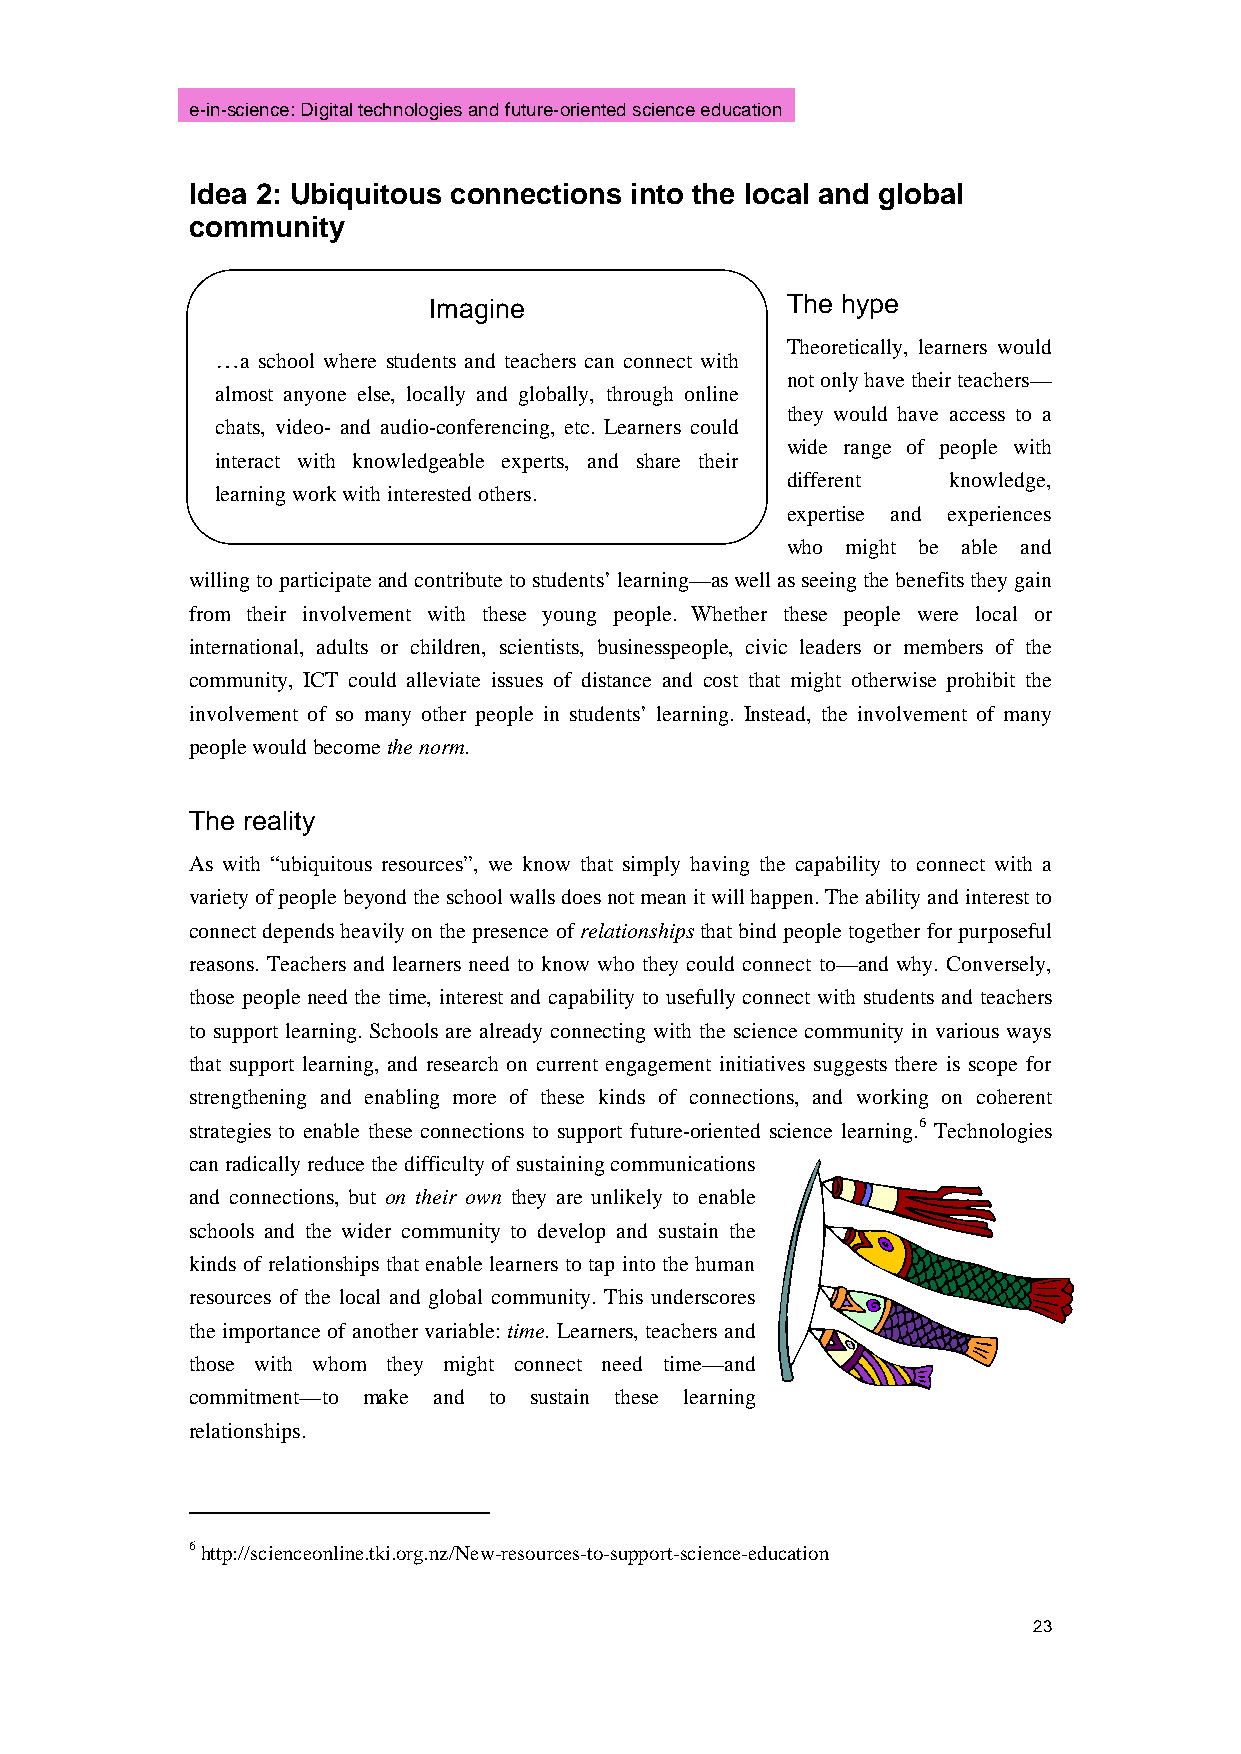
e-in-science: Digital technologies and future-oriented science education
 Idea 2: Ubiquitous connections into the local and global
 community
 Imagine                 The hype
 Theoretically, learners would
 …a school where students and teachers can connect with
 not only have their teachers—
 almost anyone else, locally and globally, through online
 they would have access to a
 chats, video- and audio-conferencing, etc. Learners could
 wide range of people with
 interact with knowledgeable experts, and share their
 different  knowledge,
 learning work with interested others.
 expertise and experiences
 who might be able and
 willing to participate and contribute to students’ learning—as well as seeing the benefits they gain
 from their involvement with these young people. Whether these people were local or
 international, adults or children, scientists, businesspeople, civic leaders or members of the
 community, ICT could alleviate issues of distance and cost that might otherwise prohibit the
 involvement of so many other people in students’ learning. Instead, the involvement of many
 people would become the norm.
 The reality
 As with “ubiquitous resources”, we know that simply having the capability to connect with a
 variety of people beyond the school walls does not mean it will happen. The ability and interest to
 connect depends heavily on the presence of relationships that bind people together for purposeful
 reasons. Teachers and learners need to know who they could connect to—and why. Conversely,
 those people need the time, interest and capability to usefully connect with students and teachers
 to support learning. Schools are already connecting with the science community in various ways
 that support learning, and research on current engagement initiatives suggests there is scope for
 strengthening and enabling more of these kinds of connections, and working on coherent
 strategies to enable these connections to support future-oriented science learning.6 Technologies
 can radically reduce the difficulty of sustaining communications
 and connections, but on their own they are unlikely to enable
 schools and the wider community to develop and sustain the
 kinds of relationships that enable learners to tap into the human
 resources of the local and global community. This underscores
 the importance of another variable: time. Learners, teachers and
 those with whom they might connect need time—and
 commitment—to make and to sustain these learning
 relationships.
 6 http://scienceonline.tki.org.nz/New-resources-to-support-science-education
 23